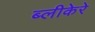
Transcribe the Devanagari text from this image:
ब्लीकेरे